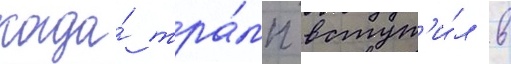
когда́ тра́мп вступ'и́л в